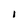
Character: I